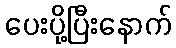
ပေးပို့ပြီးနောက်